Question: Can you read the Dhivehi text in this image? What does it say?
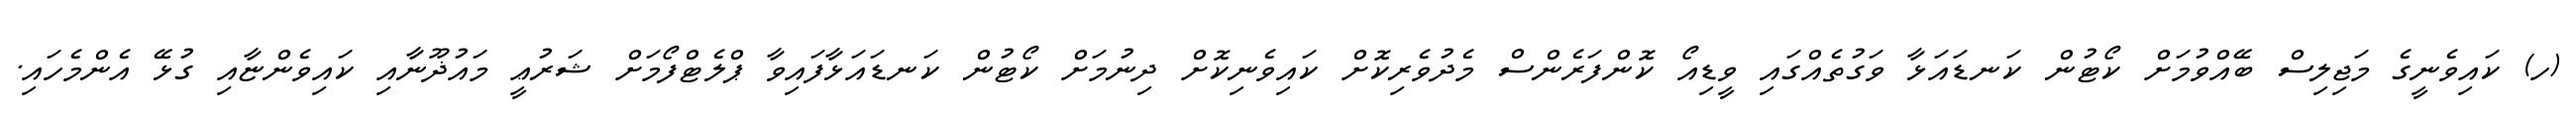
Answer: (ހ) ކައިވެނީގެ މަޖިލިސް ބޭއްވުމަށް ކޯޓުން ކަނޑައަޅާ ވަގުތެއްގައި ވީޑިއޯ ކޮންފަރެންސް މެދުވެރިކޮށް ކައިވެނިކޮށް ދިނުމަށް ކޯޓުން ކަނޑައަޅާފައިވާ ޕްލެޓްފޯމަށް ޝަރުޢީ މައުޛޫނާއި ކައިވެންޏާއި ގުޅޭ އެންމެހައި.